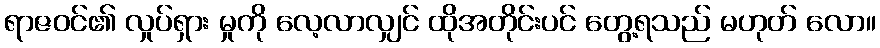
ရာဇဝင်၏ လှုပ်ရှား မှုကို လေ့လာလျှင် ထိုအတိုင်းပင် တွေ့ရသည် မဟုတ် လော။